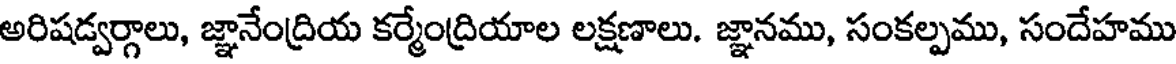
అరిషడ్వర్గాలు, జ్ఞానేంద్రియ కర్మేంద్రియాల లక్షణాలు. జ్ఞానము, సంకల్పము, సందేహము